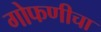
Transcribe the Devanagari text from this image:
गोफणीचा